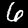
Digit: 6